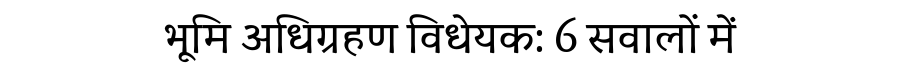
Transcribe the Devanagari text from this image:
भूमि अधिग्रहण विधेयक: 6 सवालों में